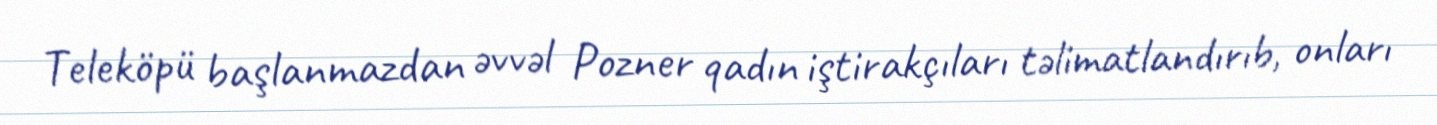
Teleköpü başlanmazdan əvvəl Pozner qadın iştirakçıları təlimatlandırıb, onları